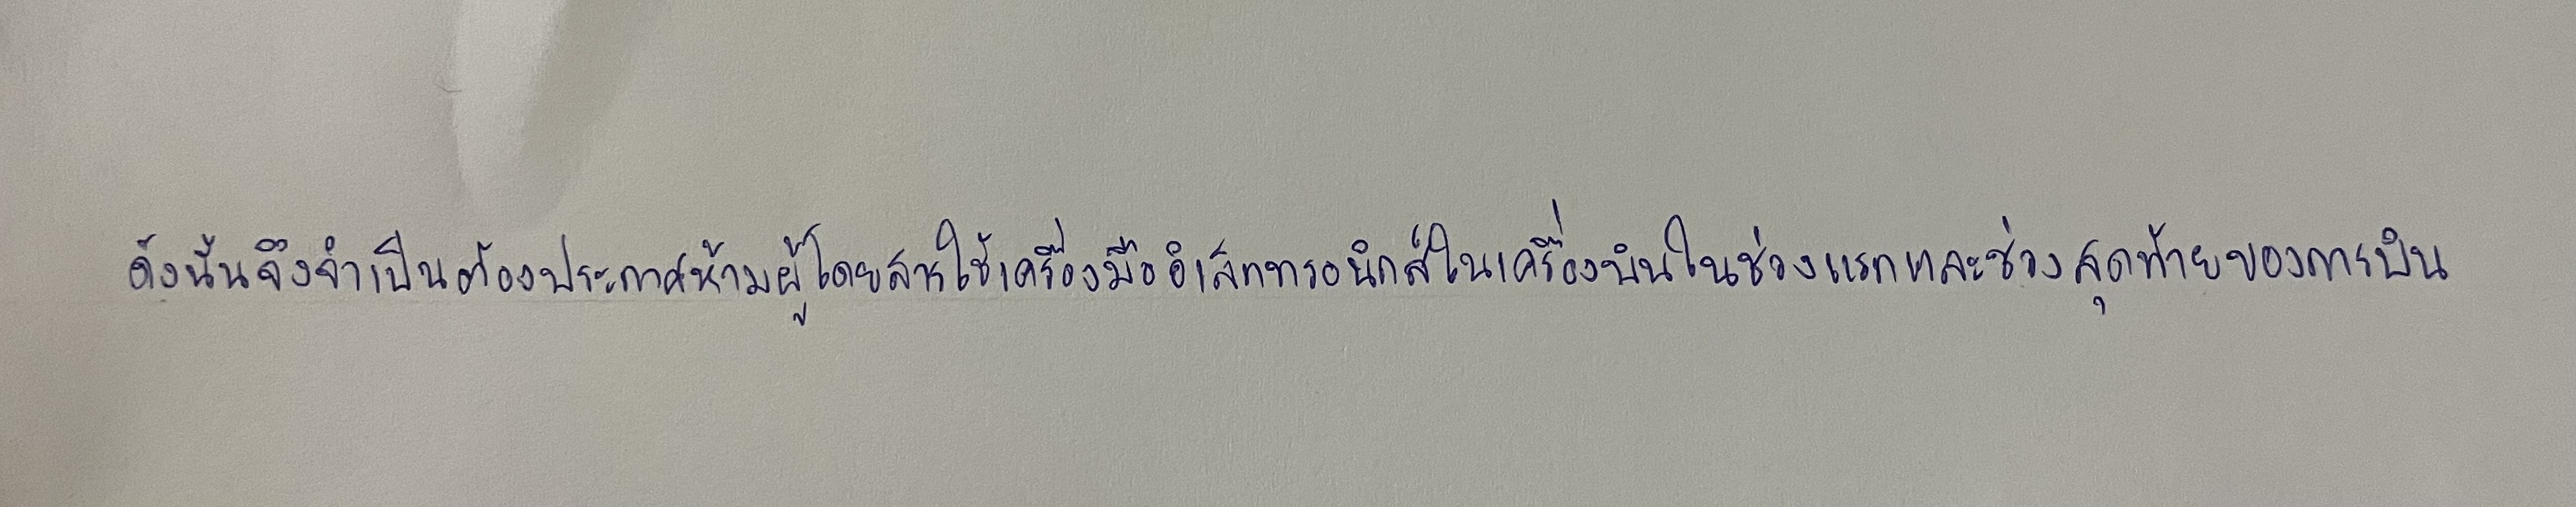
ดังนั้นจึงจำเป็นต้องประกาศห้ามผู้โดยสารใช้เครื่องมืออิเล็กทรอนิกส์ในเครื่องบินในช่วงแรกและช่วงสุดท้ายของการบิน